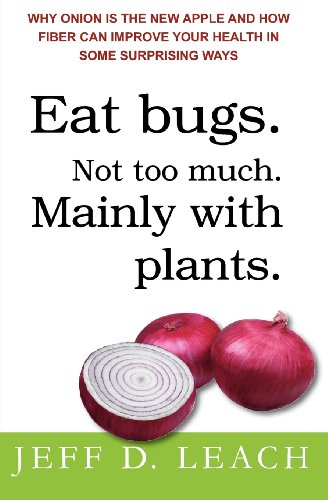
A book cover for Eat Bugs. Not Too Much. Mainly With Plants.: Why Onion Is The New Apple And How Fiber Can Improve Your Health In Some Surprising Ways; Jeff D. Leach; Health, Fitness & Dieting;